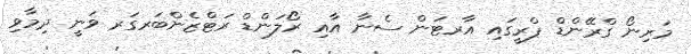
މަރިނޯ ގްރޭންޑް ޕްރީގައި އާރޓަން ސެނާ އާއި ރޯލަންޑް ރަޓްޒެންބަރގަރ ވަނީ ދިމާވި